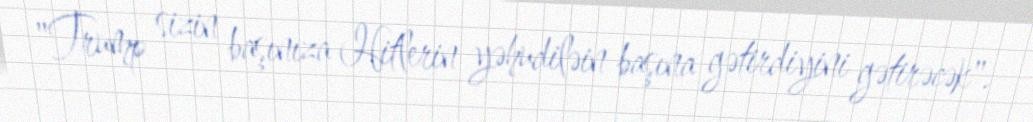
"Trump sizin başınıza Hitlerin yəhudiləin başına gətirdiyini gətirəcək".